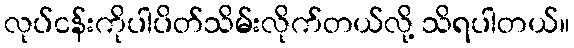
လုပ်ငန်းကိုပါပိတ်သိမ်းလိုက်တယ်လို့ သိရပါတယ်။